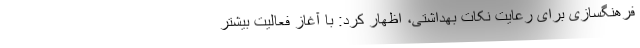
فرهنگسازی برای رعایت نکات بهداشتی، اظهار کرد: با آغاز فعالیت بیشتر